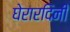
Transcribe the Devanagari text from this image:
घेरारदिनी